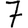
Digit: 7